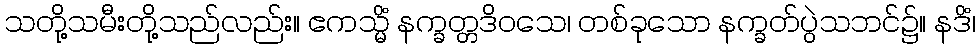
သတို့သမီးတို့သည်လည်း။ ဧကသ္မိံ နက္ခတ္တဒိဝသေ၊ တစ်ခုသော နက္ခတ်ပွဲသဘင်၌။ နဒိံ၊